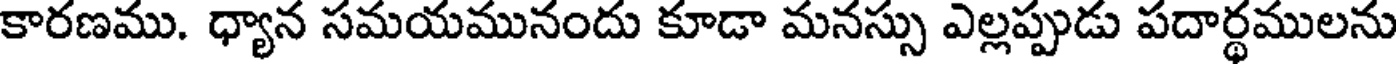
కారణము. ధ్యాన సమయమునందు కూడా మనస్సు ఎల్లప్పుడు పదార్థములను